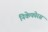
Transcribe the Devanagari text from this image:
निकेफोरस